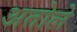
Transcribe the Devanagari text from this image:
अतोले